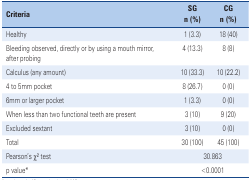
<table><thead><tr><td rowspan="2"><b>Criteria</b></td><td><b>SG</b></td><td><b>CG</b></td></tr><tr><td><b>n (%)</b></td><td><b>n (%)</b></td></tr></thead><tbody><tr><td>Healthy</td><td>1 (3.3)</td><td>18 (40)</td></tr><tr><td>Bleeding observed, directly or by using a mouth mirror, after probing</td><td>4 (13.3)</td><td>8 (8)</td></tr><tr><td>Calculus (any amount)</td><td>10 (33.3)</td><td>10 (22.2)</td></tr><tr><td>4 to 5mm pocket</td><td>8 (26.7)</td><td>0 (0)</td></tr><tr><td>6mm or larger pocket</td><td>1 (3.3)</td><td>0 (0)</td></tr><tr><td>When less than two functional teeth are present</td><td>3 (10)</td><td>9 (20)</td></tr><tr><td>Excluded sextant</td><td>3 (10)</td><td>0 (0)</td></tr><tr><td>Total</td><td>30 (100)</td><td>45 (100)</td></tr><tr><td>Pearson’s χ<sup>2</sup> test</td><td colspan="2">30.863</td></tr><tr><td>p value*</td><td colspan="2">&lt;0.0001</td></tr></tbody></table>